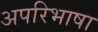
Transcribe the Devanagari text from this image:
अपरिभाषा